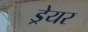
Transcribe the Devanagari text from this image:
ड्रेयर